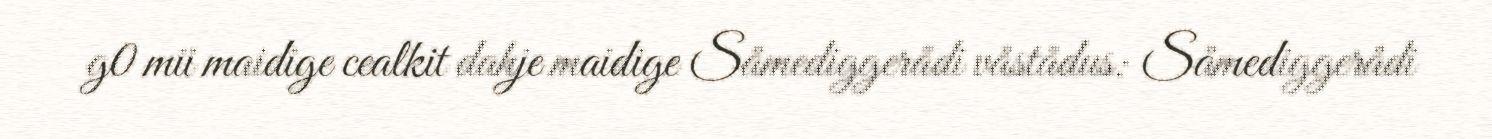
g0 mii maidige cealkit dahje maidige Såmediggerådi våstådus: Såmediggerådi